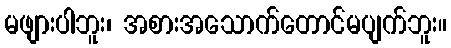
မဖျားပါဘူး၊ အစားအသောက်တောင်မပျက်ဘူး။